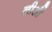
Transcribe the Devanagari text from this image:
लीऔं